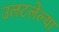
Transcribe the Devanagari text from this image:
उलटलेल्या